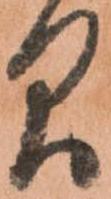
間